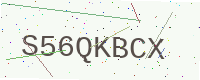
Text: S56QKBCX